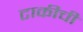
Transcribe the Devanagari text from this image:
टाकीची